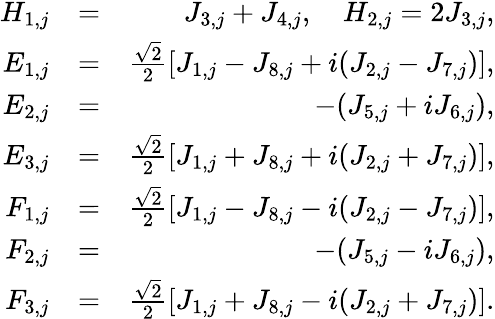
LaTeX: \begin{array}{rlr}{H_{1,j}}&{=}&{J_{3,j}+J_{4,j},\quad H_{2,j}=2J_{3,j},}\\ {E_{1,j}}&{=}&{\frac{\sqrt{2}}{2}[J_{1,j}-J_{8,j}+i(J_{2,j}-J_{7,j})],}\\ {E_{2,j}}&{=}&{-(J_{5,j}+iJ_{6,j}),}\\ {E_{3,j}}&{=}&{\frac{\sqrt{2}}{2}[J_{1,j}+J_{8,j}+i(J_{2,j}+J_{7,j})],}\\ {F_{1,j}}&{=}&{\frac{\sqrt{2}}{2}[J_{1,j}-J_{8,j}-i(J_{2,j}-J_{7,j})],}\\ {F_{2,j}}&{=}&{-(J_{5,j}-iJ_{6,j}),}\\ {F_{3,j}}&{=}&{\frac{\sqrt{2}}{2}[J_{1,j}+J_{8,j}-i(J_{2,j}+J_{7,j})].}\end{array}